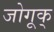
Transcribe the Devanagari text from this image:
जोगूक्